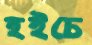
হইচে